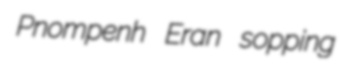
Pnompenh Eran sopping